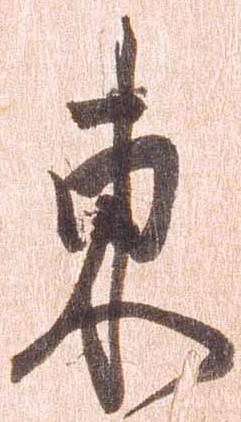
東